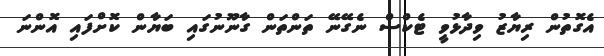
އެގޮތުން ރިޔާޒު ވިދާޅުވީ ޓެކްސް ނެގޭނޭ ތަންތަން ގާނޫނުގައި ބަޔާން ކޮށްފައި އޮންނަ